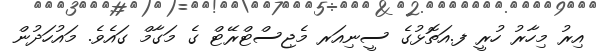
އިރު މިހާރު ހުރީ ފ.އަތޮޅުގެ ސީނިއަރ މެޖިސްޓްރޭޓް ގެ މަގާމް ގައެވެ. މައުހަދުން